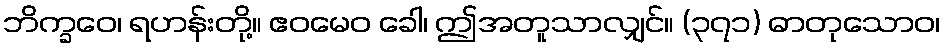
ဘိက္ခဝေ၊ ရဟန်းတို့။ ဧဝမေဝ ခေါ၊ ဤအတူသာလျှင်။ (၃၇၁) ဓာတုသောဝ၊